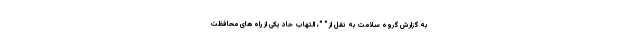
به گزارش گروه سلامت به نقل از " "، التهاب حاد یکی از راه های محافظت